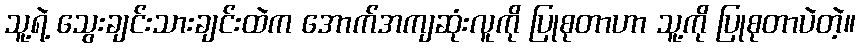
သူ့ရဲ့ သွေးချင်းသားချင်းထဲက အောက်အကျဆုံးလူကို ပြုစုတာဟာ သူ့ကို ပြုစုတာပဲတဲ့။